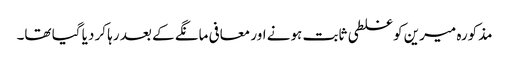
مذکورہ میرین کو غلطی ثابت ہونے اور معافی مانگے کے بعد رہا کر دیا گیا تھا۔